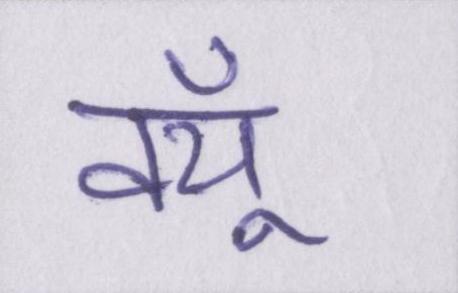
क्यूँ